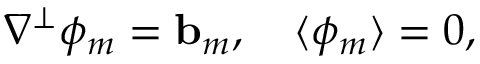
\nabla ^ { \perp } \phi _ { m } = \ensuremath { \mathbf { b } } _ { m } , \quad \langle \phi _ { m } \rangle = 0 ,